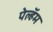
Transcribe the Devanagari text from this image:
पेल्हॅम